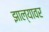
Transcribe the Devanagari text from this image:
झाल्‍यावर